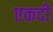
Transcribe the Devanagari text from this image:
एकदी